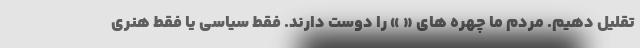
تقلیل دهیم. مردم ما چهره های « » را دوست دارند. فقط سیاسی یا فقط هنری